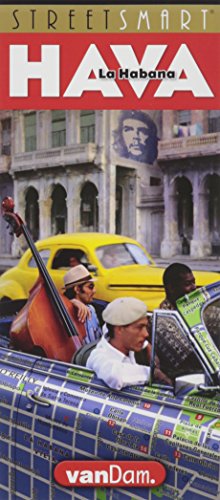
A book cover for StreetSmart Havana Map by VanDam - City Street Map of Havana - Laminated folding pocket size city travel map (English and Spanish Edition); Stephan Van Dam; Travel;